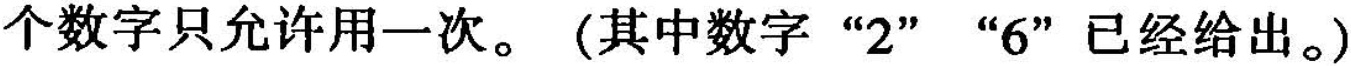
个数字只允许用一次。 (其中数字”2””6”已经给出。)